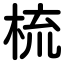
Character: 梳